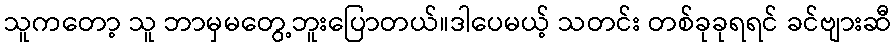
သူကတော့ သူ ဘာမှမတွေ့ဘူးပြောတယ်။ဒါပေမယ့် သတင်း တစ်ခုခုရရင် ခင်ဗျားဆီ